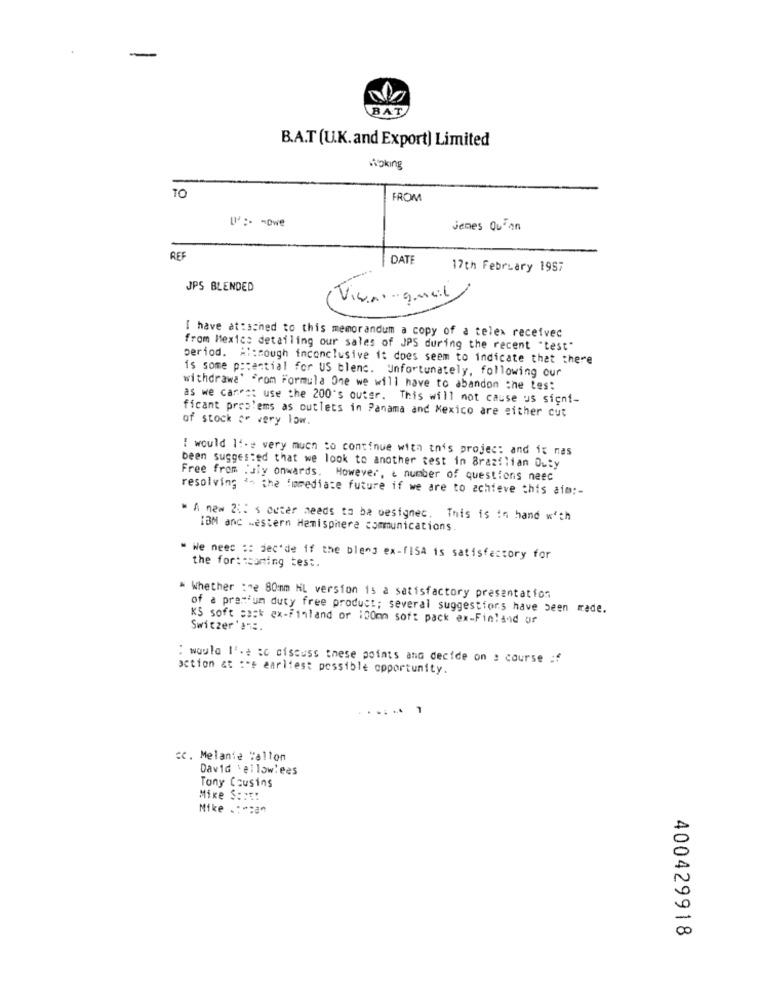
BAT
B.A.T (U.K. and Export) Limited
Woking
TO
FROM
II' : - Dwe
jenes Quran
REF
DAT
17th February 1957
JPS BLENDED
Vivin guei
I have attached to this memorandum a copy of a telex received
from Mexico detailing our sales of JPS during the recent "test"
period. Al:cough inconclusive it does seem to indicate that there
is some potential for US blenc. Unfortunately, following our
withdrawa' From Formula One we will have to abandon the tes:
as we canes: use the 200's outer. This will not cause us signi-
ficant problems as outlets in Panama and Mexico are either cut
of stock or very low.
I would I've very much to continue with this project and it mas
been suggested that we look to another test in Brazilian Duty
Free from july onwards. However, & number of questions neec
resolving *- the immediate future if we are to achieve this aim :-
* A new 2 :: s outer needs to be designec. This is in hand with
IBM anc western Hemisphere communications.
" We need :: jec'de if the blend ex-fISA is satisfactory for
the forthcoming test.
# Whether :"e 80mm NL version is a satisfactory presentation
of a pratium duty free product; several suggestions have been made.
KS soft sack ex-Finland or :00mm soft pack ex-Finland or
Switzer's =:.
: waula l'-e to discuss these points and decide on : course :f
action at :"e earliest possible opportunity.
...
1
cc. Melanie "allon
David :ellow'ees
Tony Cousins
Mike Saat:
Mike _: == an
400429918